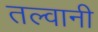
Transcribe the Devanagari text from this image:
तल्वानी